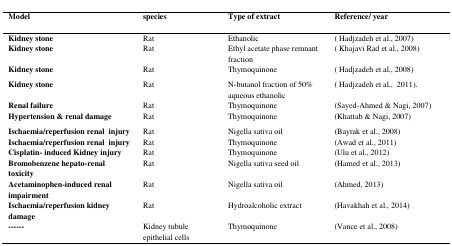
| Model | species | Type of extract | Reference/ year |
 | --- | --- | --- | --- |
 | Kidney stone | Rat | Ethanolic | ( Hadjzadeh et al., 2007) |
 | Kidney stone | Rat | Ethyl acetate phase remnant fraction | ( Khajavi Rad et al., 2008) |
 | Kidney stone | Rat | Thymoquinone | ( Hadjzadeh et al., 2008) |
 | Kidney stone | Rat | N-butanol fraction of 50% aqueous ethanolic | ( Hadjzadeh et al., 2011). |
 | Renal failure | Rat | Thymoquinone | (Sayed-Ahmed & Nagi, 2007) |
 | Hypertension & renal damage | Rat | Thymoquinone | (Khattab & Nagi, 2007) |
 | Ischaemia/reperfusion renal injury | Rat | Nigella sativa oil | (Bayrak et al., 2008) |
 | Ischaemia/reperfusion renal injury | Rat | Thymoquinone | (Awad et al., 2011) |
 | Cisplatin- induced Kidney injury | Rat | Thymoquinone | (Ulu et al., 2012) |
 | Bromobenzene hepato-renal toxicity | Rat | Nigella sativa seed oil | (Hamed et al., 2013) |
 | Acetaminophen-induced renal impairment | Rat | Nigella sativa oil | (Ahmed, 2013) |
 | Ischaemia/reperfusion kidney damage | Rat | Hydroalcoholic extract | (Havakhah et al., 2014) |
 | ------ | Kidney tubule epithelial cells | Thymoquinone | (Vance et al., 2008) |